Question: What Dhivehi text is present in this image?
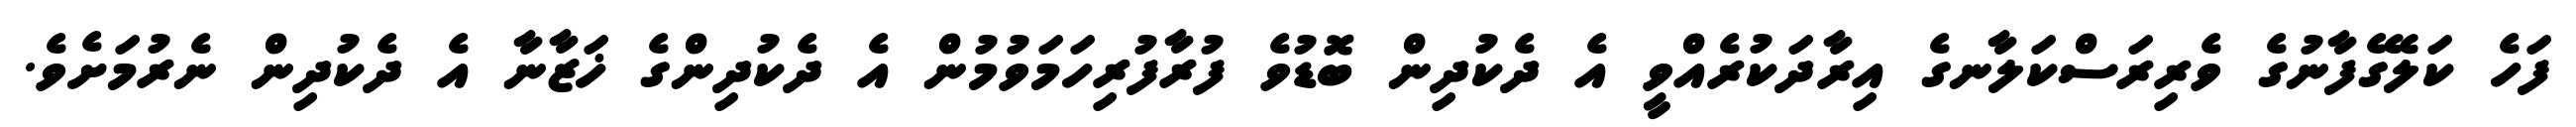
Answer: ފަހެ ކަލޭގެފާނުގެ ވެރިރަސްކަލާނގެ އިރާދަކުރެއްވީ އެ ދެކުދިން ބޮޑުވެ ފުރާފުރިހަމަވުމުން އެ ދެކުދިންގެ ޚަޒާނާ އެ ދެކުދިން ނެރުމަށެވެ.